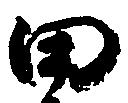
田